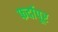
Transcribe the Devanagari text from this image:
फर्दापूर